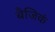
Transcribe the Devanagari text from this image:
बैजिकं